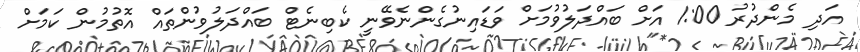
އަދި މެންދުރު 1:00 އަށް ބައްދަލުވުމަށް ވަޑައިނުގެންނެވޭނީ ކެބިނެޓް ބައްދަލުވުންތައް އޮތުމުން ކަމަށް